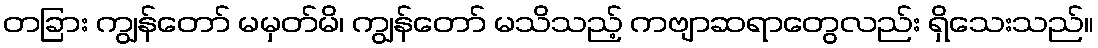
တခြား ကျွန်တော် မမှတ်မိ၊ ကျွန်တော် မသိသည့် ကဗျာဆရာတွေလည်း ရှိသေးသည်။